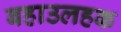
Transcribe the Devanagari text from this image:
बहाउलहक